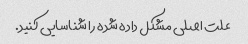
علت اصلی مشکل داده شده را شناسایی کنید.